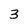
Character: 3